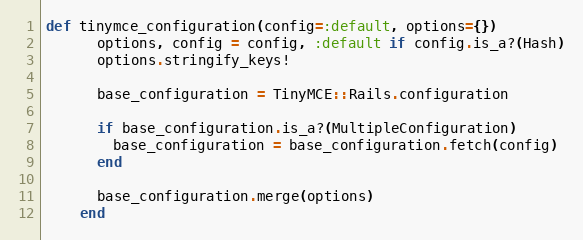
Language: Ruby
def tinymce_configuration(config=:default, options={})
      options, config = config, :default if config.is_a?(Hash)
      options.stringify_keys!

      base_configuration = TinyMCE::Rails.configuration

      if base_configuration.is_a?(MultipleConfiguration)
        base_configuration = base_configuration.fetch(config)
      end

      base_configuration.merge(options)
    end